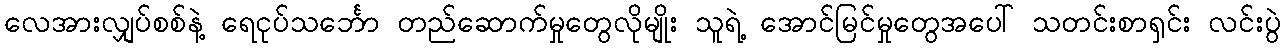
လေအားလျှပ်စစ်နဲ့ ရေငုပ်သင်္ဘော တည်ဆောက်မှုတွေလိုမျိုး သူရဲ့ အောင်မြင်မှုတွေအပေါ် သတင်းစာရှင်း လင်းပွဲ